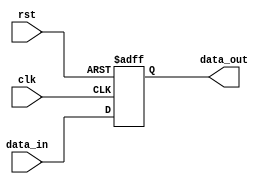
module store_register (
    input wire clk,        // Clock signal
    input wire rst,        // Asynchronous reset signal
    input wire [N-1:0] data_in,  // Input data (N-bit wide)
    output reg [N-1:0] data_out  // Output data (N-bit wide)
);

// Parameter for defining the width of the data
parameter N = 8; // Example width, can be adjusted

// Always block for sequential logic
always @(posedge clk or posedge rst) begin
    if (rst) begin
        data_out <= {N{1'b0}}; // Reset data_out to zero
    end else begin
        data_out <= data_in;   // Store input data on clock edge
    end
end

endmodule